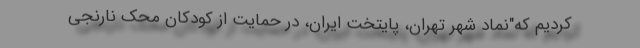
کردیم که"نماد شهر تهران، پایتخت ایران، در حمایت از کودکان محک نارنجی